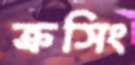
ক্রসিং